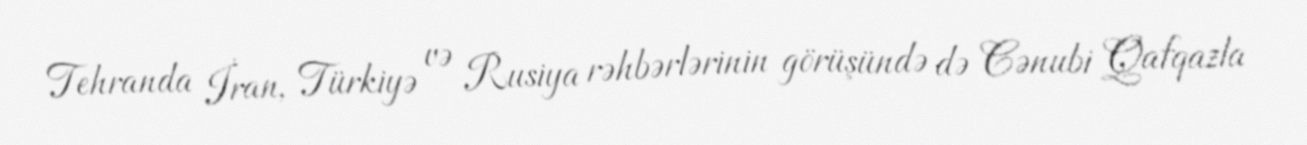
Tehranda İran, Türkiyə və Rusiya rəhbərlərinin görüşündə də Cənubi Qafqazla